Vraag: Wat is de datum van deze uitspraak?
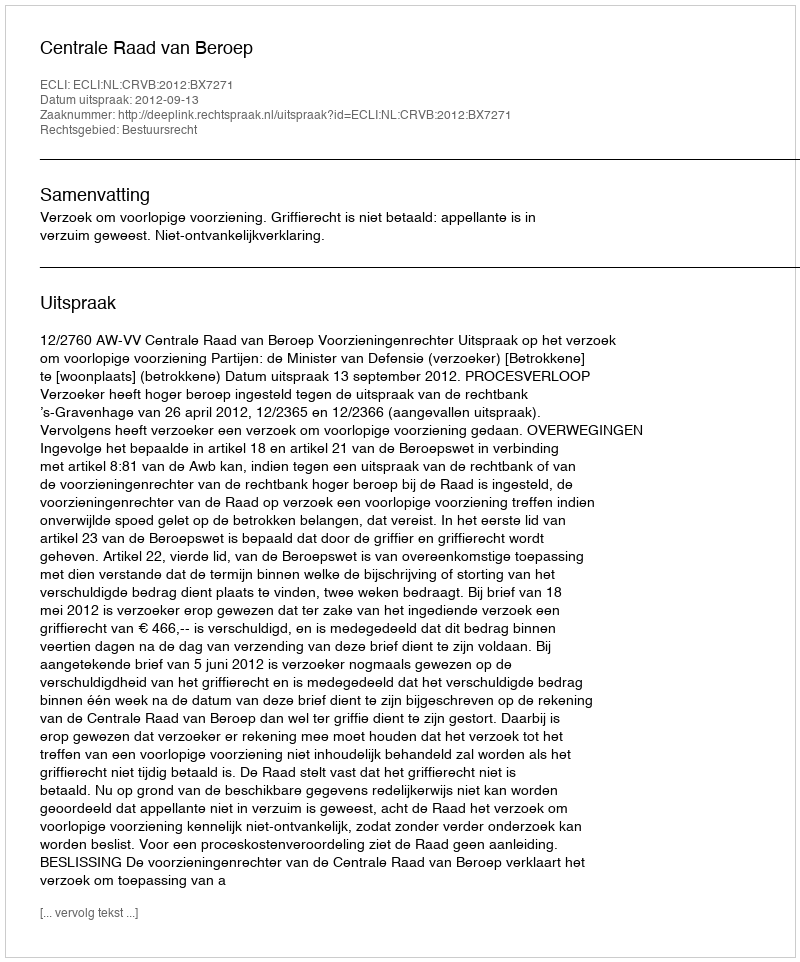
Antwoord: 2012-09-13